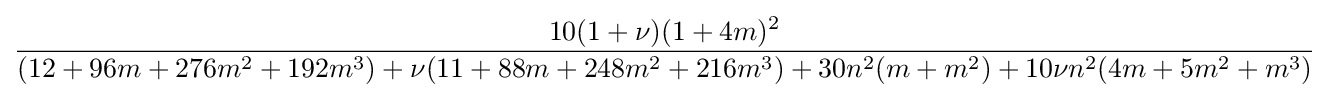
{\frac {10(1+\nu )(1+4m)^{2}}{(12+96m+276m^{2}+192m^{3})+\nu (11+88m+248m^{2}+216m^{3})+30n^{2}(m+m^{2})+10\nu n^{2}(4m+5m^{2}+m^{3})}}